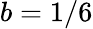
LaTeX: b=1/6